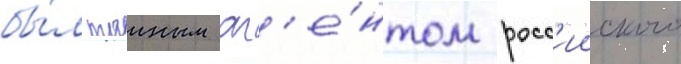
бы́л таиным аг'е́нтом росс'ииского